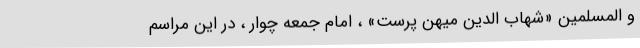
و المسلمین «شهاب الدین میهن پرست» ، امام جمعه چوار ، در این مراسم